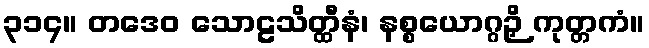
၃၁၄။ တဒေဝ သောဠသိတ္ထီနံ၊ နစ္စယောဂ္ဂဉှိ ကုတ္တကံ။